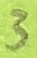
Text: 3